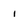
Character: i